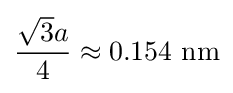
{\frac {{\sqrt {3}}a}{4}}\approx 0.154\ {\text{nm}}